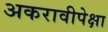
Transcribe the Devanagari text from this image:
अकरावीपेक्षा